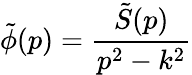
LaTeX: \tilde{\phi}(p)={\frac{\tilde{S}(p)}{p^{2}-k^{2}}}